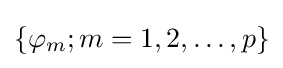
\{\varphi _{m};m=1,2,\dots ,p\}